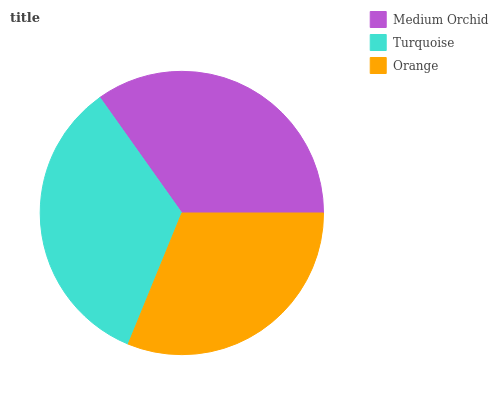
| Medium Orchid | Turquoise | Orange |
 | --- | --- | --- |
 | 34.8% | 34% | 31.2% |